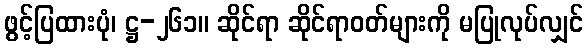
ဖွင့်ပြထားပုံ၊ ဋ္ဌ-၂၆၁။ ဆိုင်ရာ ဆိုင်ရာဝတ်များကို မပြုလုပ်လျှင်